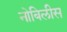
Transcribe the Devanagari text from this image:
नोबिलीस